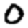
Digit: 0